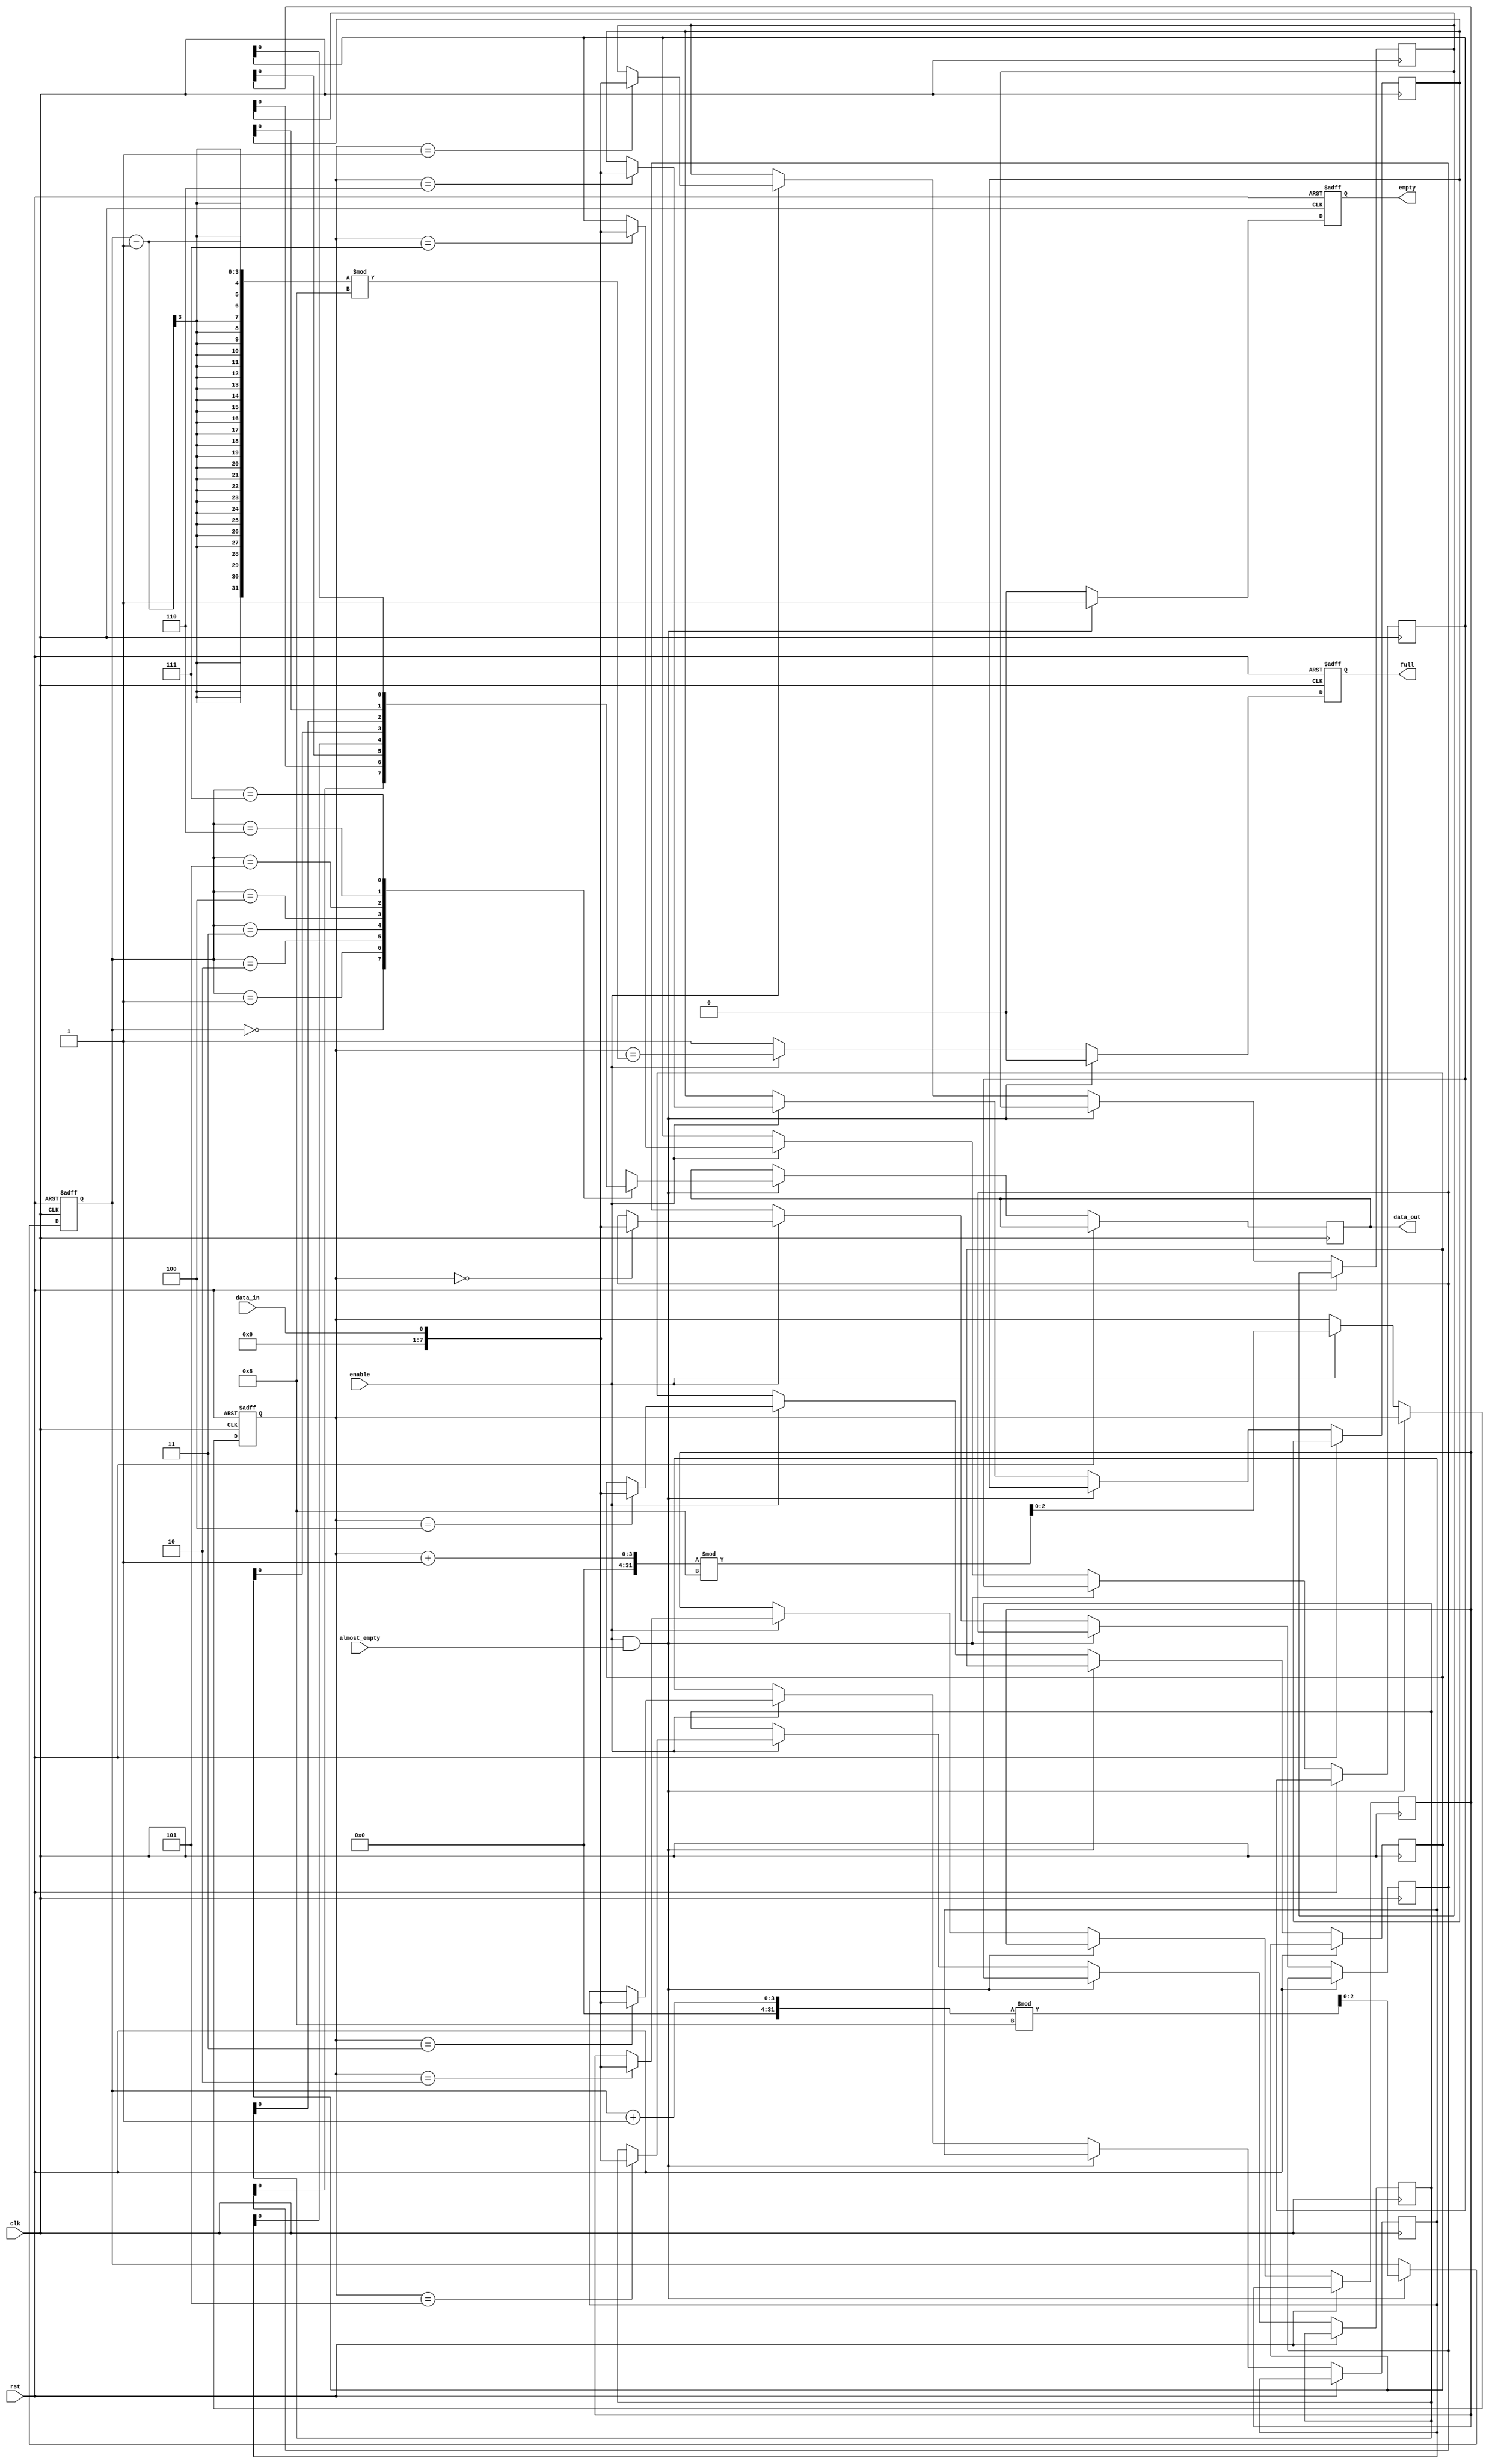
module almost_empty_fifo(
    input wire clk,
    input wire rst,
    input wire data_in,
    output reg data_out,
    input wire enable,
    input wire almost_empty,
    output reg empty,
    output reg full
);

reg [7:0] buffer [0:7];
reg [2:0] read_ptr;
reg [2:0] write_ptr;

always @(posedge clk or posedge rst) begin
    if (rst) begin
        read_ptr <= 0;
        write_ptr <= 0;
        empty <= 1;
        full <= 0;
    end else if (enable && almost_empty) begin
        data_out <= buffer[read_ptr];
        empty <= 1;
        full <= 0;
        read_ptr <= (read_ptr + 1) % 8;
    end else if (enable) begin
        buffer[write_ptr] <= data_in;
        empty <= 0;
        full <= (write_ptr == (read_ptr - 1) % 8);
        write_ptr <= (write_ptr + 1) % 8;
    end else begin
        empty <= 0;
        full <= 1;
    end
end

endmodule